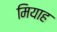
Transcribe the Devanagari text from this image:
मियाह